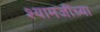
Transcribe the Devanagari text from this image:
श्यामजींच्या